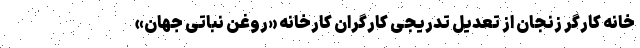
خانه کارگر زنجان از تعدیل تدریجی کارگران کارخانه «روغن نباتی جهان»